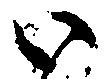
い